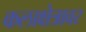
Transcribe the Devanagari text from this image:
कलाक्षेत्रावर